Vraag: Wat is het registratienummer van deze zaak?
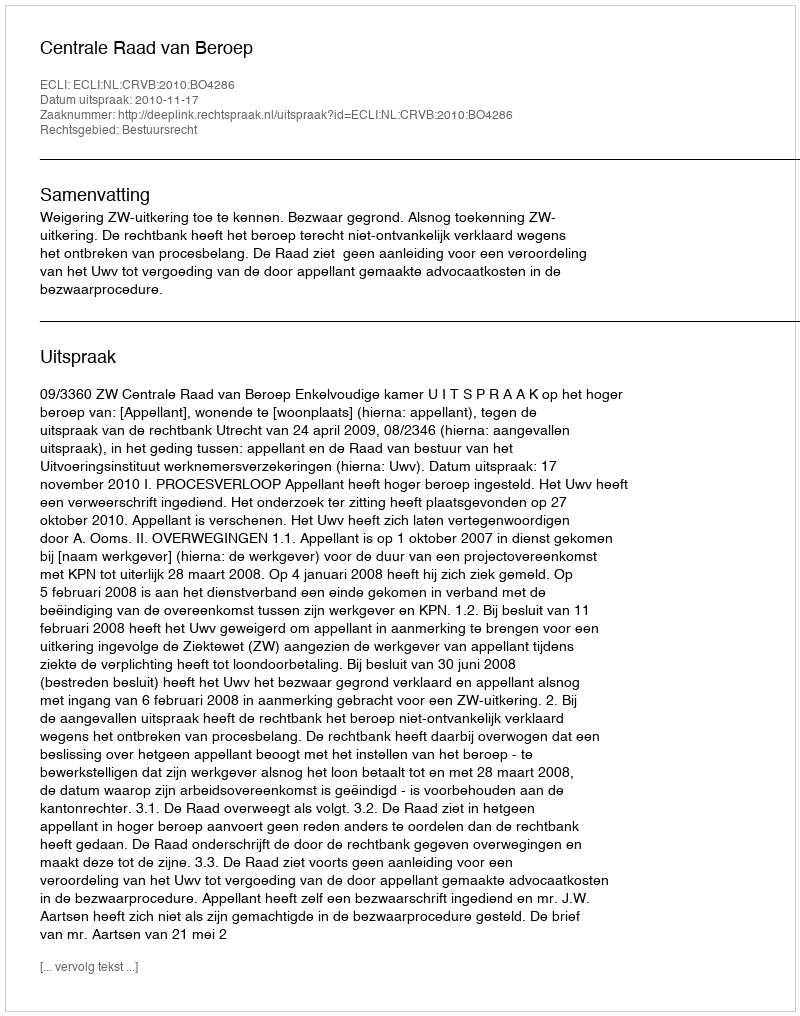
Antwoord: http://deeplink.rechtspraak.nl/uitspraak?id=ECLI:NL:CRVB:2010:BO4286